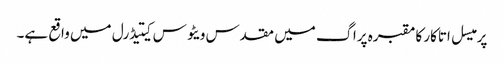
پرمیسل اتاکار کا مقبرہ پراگ میں مقدس ویٹوس کیتیڈرل میں واقع ہے۔